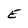
Character: E